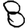
Digit: 8